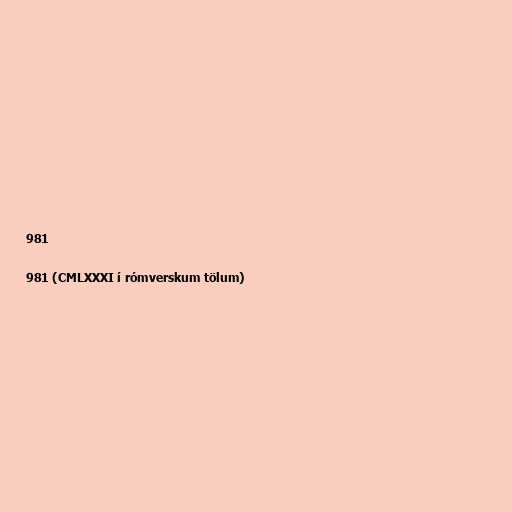
981

981 (CMLXXXI í rómverskum tölum)